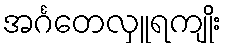
အင်္ဂတေလှူရကျိုး